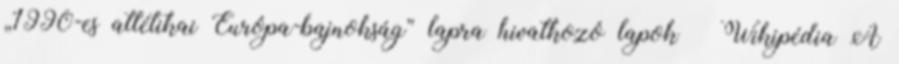
„1990-es atlétikai Európa-bajnokság” lapra hivatkozó lapok – Wikipédia A